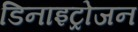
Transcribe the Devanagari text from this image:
डिनाइट्रोजन